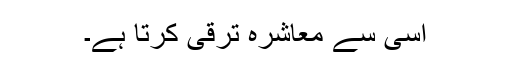
اسی سے معاشرہ ترقی کرتا ہے۔